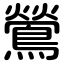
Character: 鶯